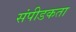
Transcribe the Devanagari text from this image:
संपीडकता